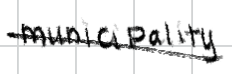
Text: municipality
Cross-out: diagonal
Writing tool: digital_black